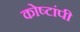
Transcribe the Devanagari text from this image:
कोष्टांपी